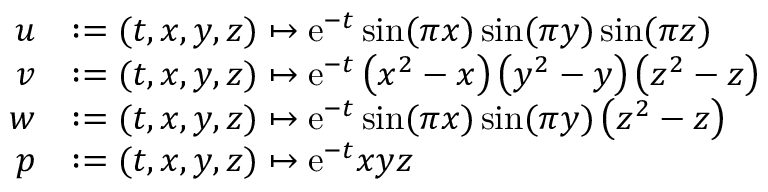
\begin{array} { r l } { u } & { : = ( t , x , y , z ) \mapsto \mathrm { e } ^ { - t } \sin ( \pi x ) \sin ( \pi y ) \sin ( \pi z ) } \\ { v } & { : = ( t , x , y , z ) \mapsto \mathrm { e } ^ { - t } \left( x ^ { 2 } - x \right) \left( y ^ { 2 } - y \right) \left( z ^ { 2 } - z \right) } \\ { w } & { : = ( t , x , y , z ) \mapsto \mathrm { e } ^ { - t } \sin ( \pi x ) \sin ( \pi y ) \left( z ^ { 2 } - z \right) } \\ { p } & { : = ( t , x , y , z ) \mapsto \mathrm { e } ^ { - t } x y z } \end{array}